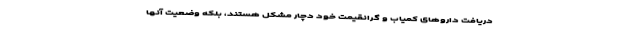
دریافت داروهای کمیاب و گرانقیمت خود دچار مشکل هستند، بلکه وضعیت آنها